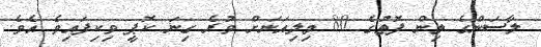
ލާސަންގެ ތިން ފޮތުގެ 80 މިލިއަނަށް ވުރެ ގިނަ ކޮޕީ ވިކިފައިވެ އެވެ.